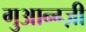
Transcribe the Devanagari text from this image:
गुआन्ग्ज़ी